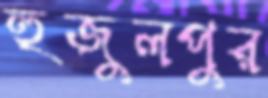
হুজুলপুর